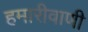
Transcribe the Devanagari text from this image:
हमारीवाणी